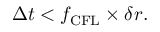
\begin{array} { r } { \Delta t < f _ { \mathrm { C F L } } \times \delta r . } \end{array}